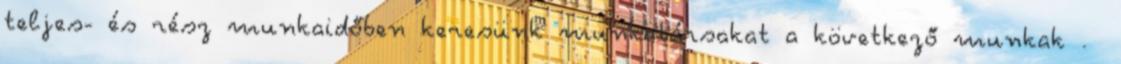
teljes- és rész munkaidőben keresünk munkatársakat a következő munkak .